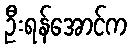
ဦးရန်အောင်က